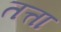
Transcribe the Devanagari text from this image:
तत्ता